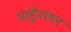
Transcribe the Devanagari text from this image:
पांड्रेनाथन